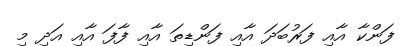
ފަންކާ އާއި ފަރުބަދަ އާއި ފަންޑިތަ އާއި ފާފަ އާއި އަދި މި